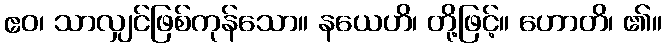
ဧဝ၊ သာလျှင်ဖြစ်ကုန်သော။ နယေဟိ၊ တို့ဖြင့်။ ဟောတိ၊ ၏။